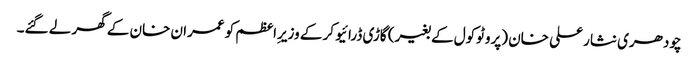
چودھری نثار علی خان (پروٹوکول کے بغیر) گاڑی ڈرائیو کر کے وزیرِاعظم کو عمران خان کے گھر لے گئے۔